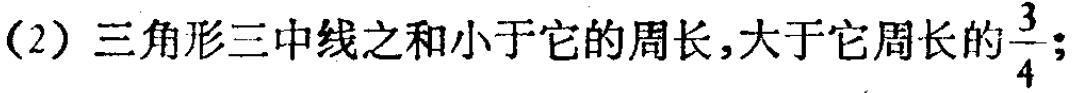
（2）三角形三中线之和小于它的周长，大于它周长的$\frac{3}{4}$；